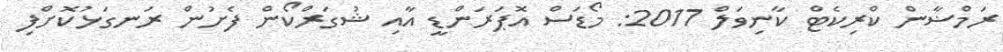
ރަމްޟާން ކްރިކެޓް ކާނިވަލް 2017: މޯޑަސް އޮޕަރަންޑީ އާއި ޝުގަރްކޯން ފެށުން ރަނގަޅުކޮށްފި